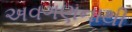
અવગણનાથી